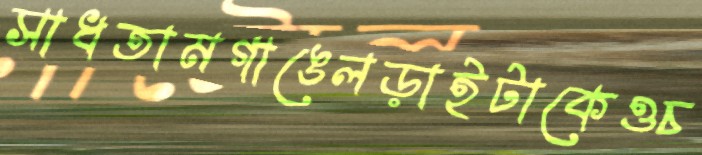
সাধতামগাঙেলড়াইটাকেওচ